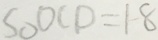
S _ { \Delta } O C D = 1 8